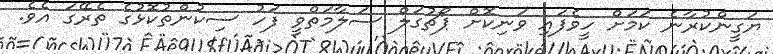
ޔަގީންކުރާނެ ކަމަށް ހީވެފައި ވަނިކޮށް ޕޯޗުގަލް ސަލާމަތްވީ ފަހު ސިކުންތުކޮޅުގެ ތެރޭގަ އެވެ.